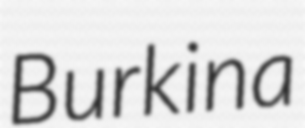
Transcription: Burkina